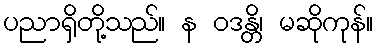
ပညာရှိတို့သည်။ န ဝဒန္တိ၊ မဆိုကုန်။